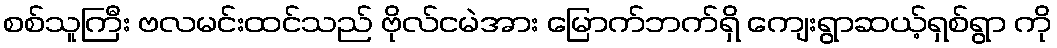
စစ်သူကြီး ဗလမင်းထင်သည် ဗိုလ်ငမဲအား မြောက်ဘက်ရှိ ကျေးရွာဆယ့်ရှစ်ရွာ ကို